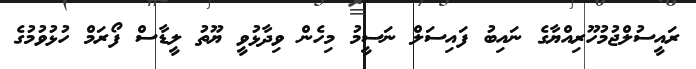
ރައީސުލްޖުމުހޫރިއްޔާގެ ނައިބު ފައިސަލް ނަސީމު މިހެން ވިދާޅުވީ ޔޫތު ލީޑާސް ފޯރަމް ހުޅުވުމުގެ